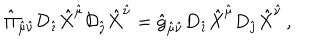
LaTeX: { \hat { \Pi } } _ { { \hat { \mu } } { \hat { \nu } } } { \cal D } _ { \hat { \imath } } { \hat { X } } ^ { \hat { \mu } } { \cal D } _ { \hat { \jmath } } { \hat { X } } ^ { \hat { \nu } } = { \hat { g } } _ { { \hat { \mu } } { \hat { \nu } } } D _ { \hat { \imath } } { \hat { X } } ^ { \hat { \mu } } D _ { \hat { \jmath } } { \hat { X } } ^ { \hat { \nu } } \, ,